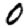
Digit: 0